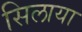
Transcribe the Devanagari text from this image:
सिलाया